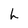
Character: L